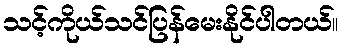
သင့်ကိုယ်သင်ပြန်မေးနိုင်ပါတယ်။